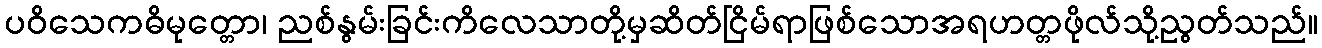
ပဝိသေကဓိမုတ္တော၊ ညစ်နွမ်းခြင်းကိလေသာတို့မှဆိတ်ငြိမ်ရာဖြစ်သောအရဟတ္တဖိုလ်သို့ညွတ်သည်။